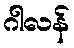
ဂါလန်